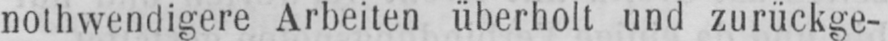
nothwendigere Arbeiten überholt und zurückge-